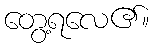
တွေ့ရလေ၏။